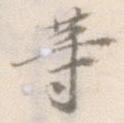
等